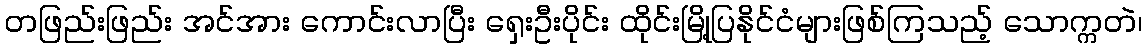
တဖြည်းဖြည်း အင်အား ကောင်းလာပြီး ရှေးဦးပိုင်း ထိုင်းမြို့ပြနိုင်ငံများဖြစ်ကြသည့် သောက္ကတဲ၊